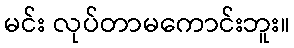
မင်း လုပ်တာမကောင်းဘူး။